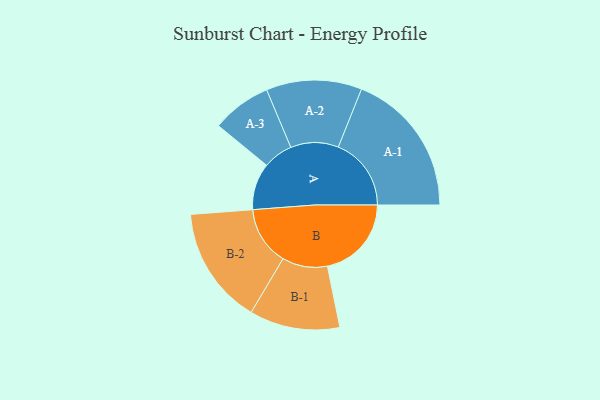
{"axis": {"x": "Segment", "y": "Value"}, "legend": ["", "A", "B"], "data": [{"x": "A", "y": 182, "type": ""}, {"x": "B", "y": 327, "type": ""}, {"x": "A-1", "y": 284, "type": "A"}, {"x": "A-2", "y": 186, "type": "A"}, {"x": "A-3", "y": 116, "type": "A"}, {"x": "B-1", "y": 176, "type": "B"}, {"x": "B-2", "y": 229, "type": "B"}]}